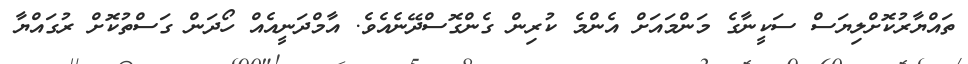
ތައްޔާރުކޮށްލިޔަސް ސަކީނާގެ މަންމައަށް އެންމެ ކުރިން ގެންގޮސްދޭނެއެވެ. އާމްދަނީއެއް ހޯދަން ގަސްތުކޮށް ރުގައްޔާ